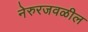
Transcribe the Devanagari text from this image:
नेरुरजवळील